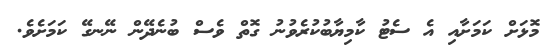
މޮޅަށް ކަމަށާއި އެ ސެޓު ކާމިޔާބުކުރެވުނު ގޮތް ވެސް ބުނެދޭން ނޭނގޭ ކަމަށެވެ.